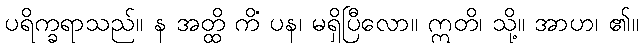
ပရိက္ခရာသည်။ န အတ္ထိ ကိံ ပန၊ မရှိပြီလော။ ဣတိ၊ သို့။ အာဟ၊ ၏။